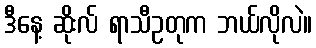
ဒီနေ့ ဆိုးလ် ရာသီဥတုက ဘယ်လိုလဲ။